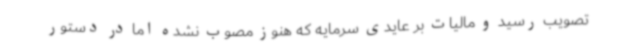
تصویب رسید و مالیات بر عایدی سرمایه که هنوز مصوب نشده اما در دستور